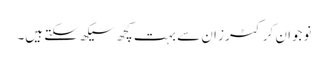
نوجوان کرکٹرز ان سے بہت کچھ سیکھ سکتے ہیں۔